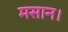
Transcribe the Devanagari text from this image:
मसान।